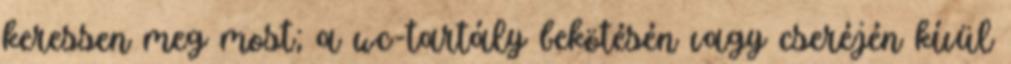
keressen meg most; a wc-tartály bekötésén vagy cseréjén kívül